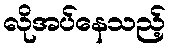
လိုအပ်နေသည့်